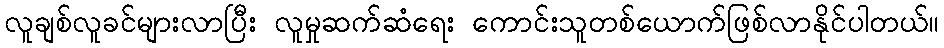
လူချစ်လူခင်များလာပြီး လူမှုဆက်ဆံရေး ကောင်းသူတစ်ယောက်ဖြစ်လာနိုင်ပါတယ်။